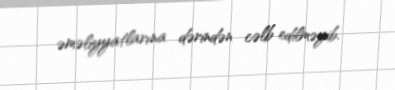
əməliyyatlarına dərindən cəlb edilməyib.